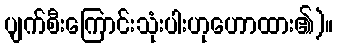
ပျက်စီးကြောင်းသုံးပါးဟုဟောထား၏)။